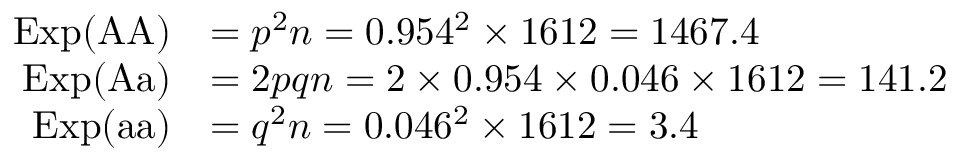
{ \begin{array} { r l } { \mathrm { E x p } ( { \mathrm { A A } } ) } & { = p ^ { 2 } n = 0 . 9 5 4 ^ { 2 } \times 1 6 1 2 = 1 4 6 7 . 4 } \\ { \mathrm { E x p } ( { \mathrm { A a } } ) } & { = 2 p q n = 2 \times 0 . 9 5 4 \times 0 . 0 4 6 \times 1 6 1 2 = 1 4 1 . 2 } \\ { \mathrm { E x p } ( { \mathrm { a a } } ) } & { = q ^ { 2 } n = 0 . 0 4 6 ^ { 2 } \times 1 6 1 2 = 3 . 4 } \end{array} }